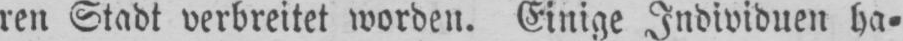
ren Stadt verbreitet worden. Einige Individuen ha⸗